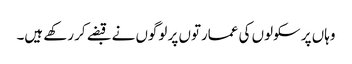
وہاں پر سکولوں کی عمارتوں پر لوگوں نے قبضے کر رکھے ہیں۔